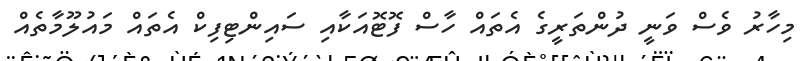
މިހާރު ވެސް ވަނީ ދުންތަރީގެ އެތައް ހާސް ފޮޓޮއަކާއި ސައިންޓިފިކް އެތައް މައުލޫމާތެއް